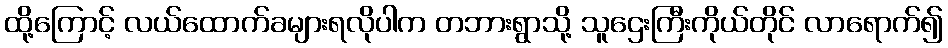
ထို့ကြောင့် လယ်ထောက်ခများရလိုပါက တဘားရွာသို့ သူဌေးကြီးကိုယ်တိုင် လာရောက်၍